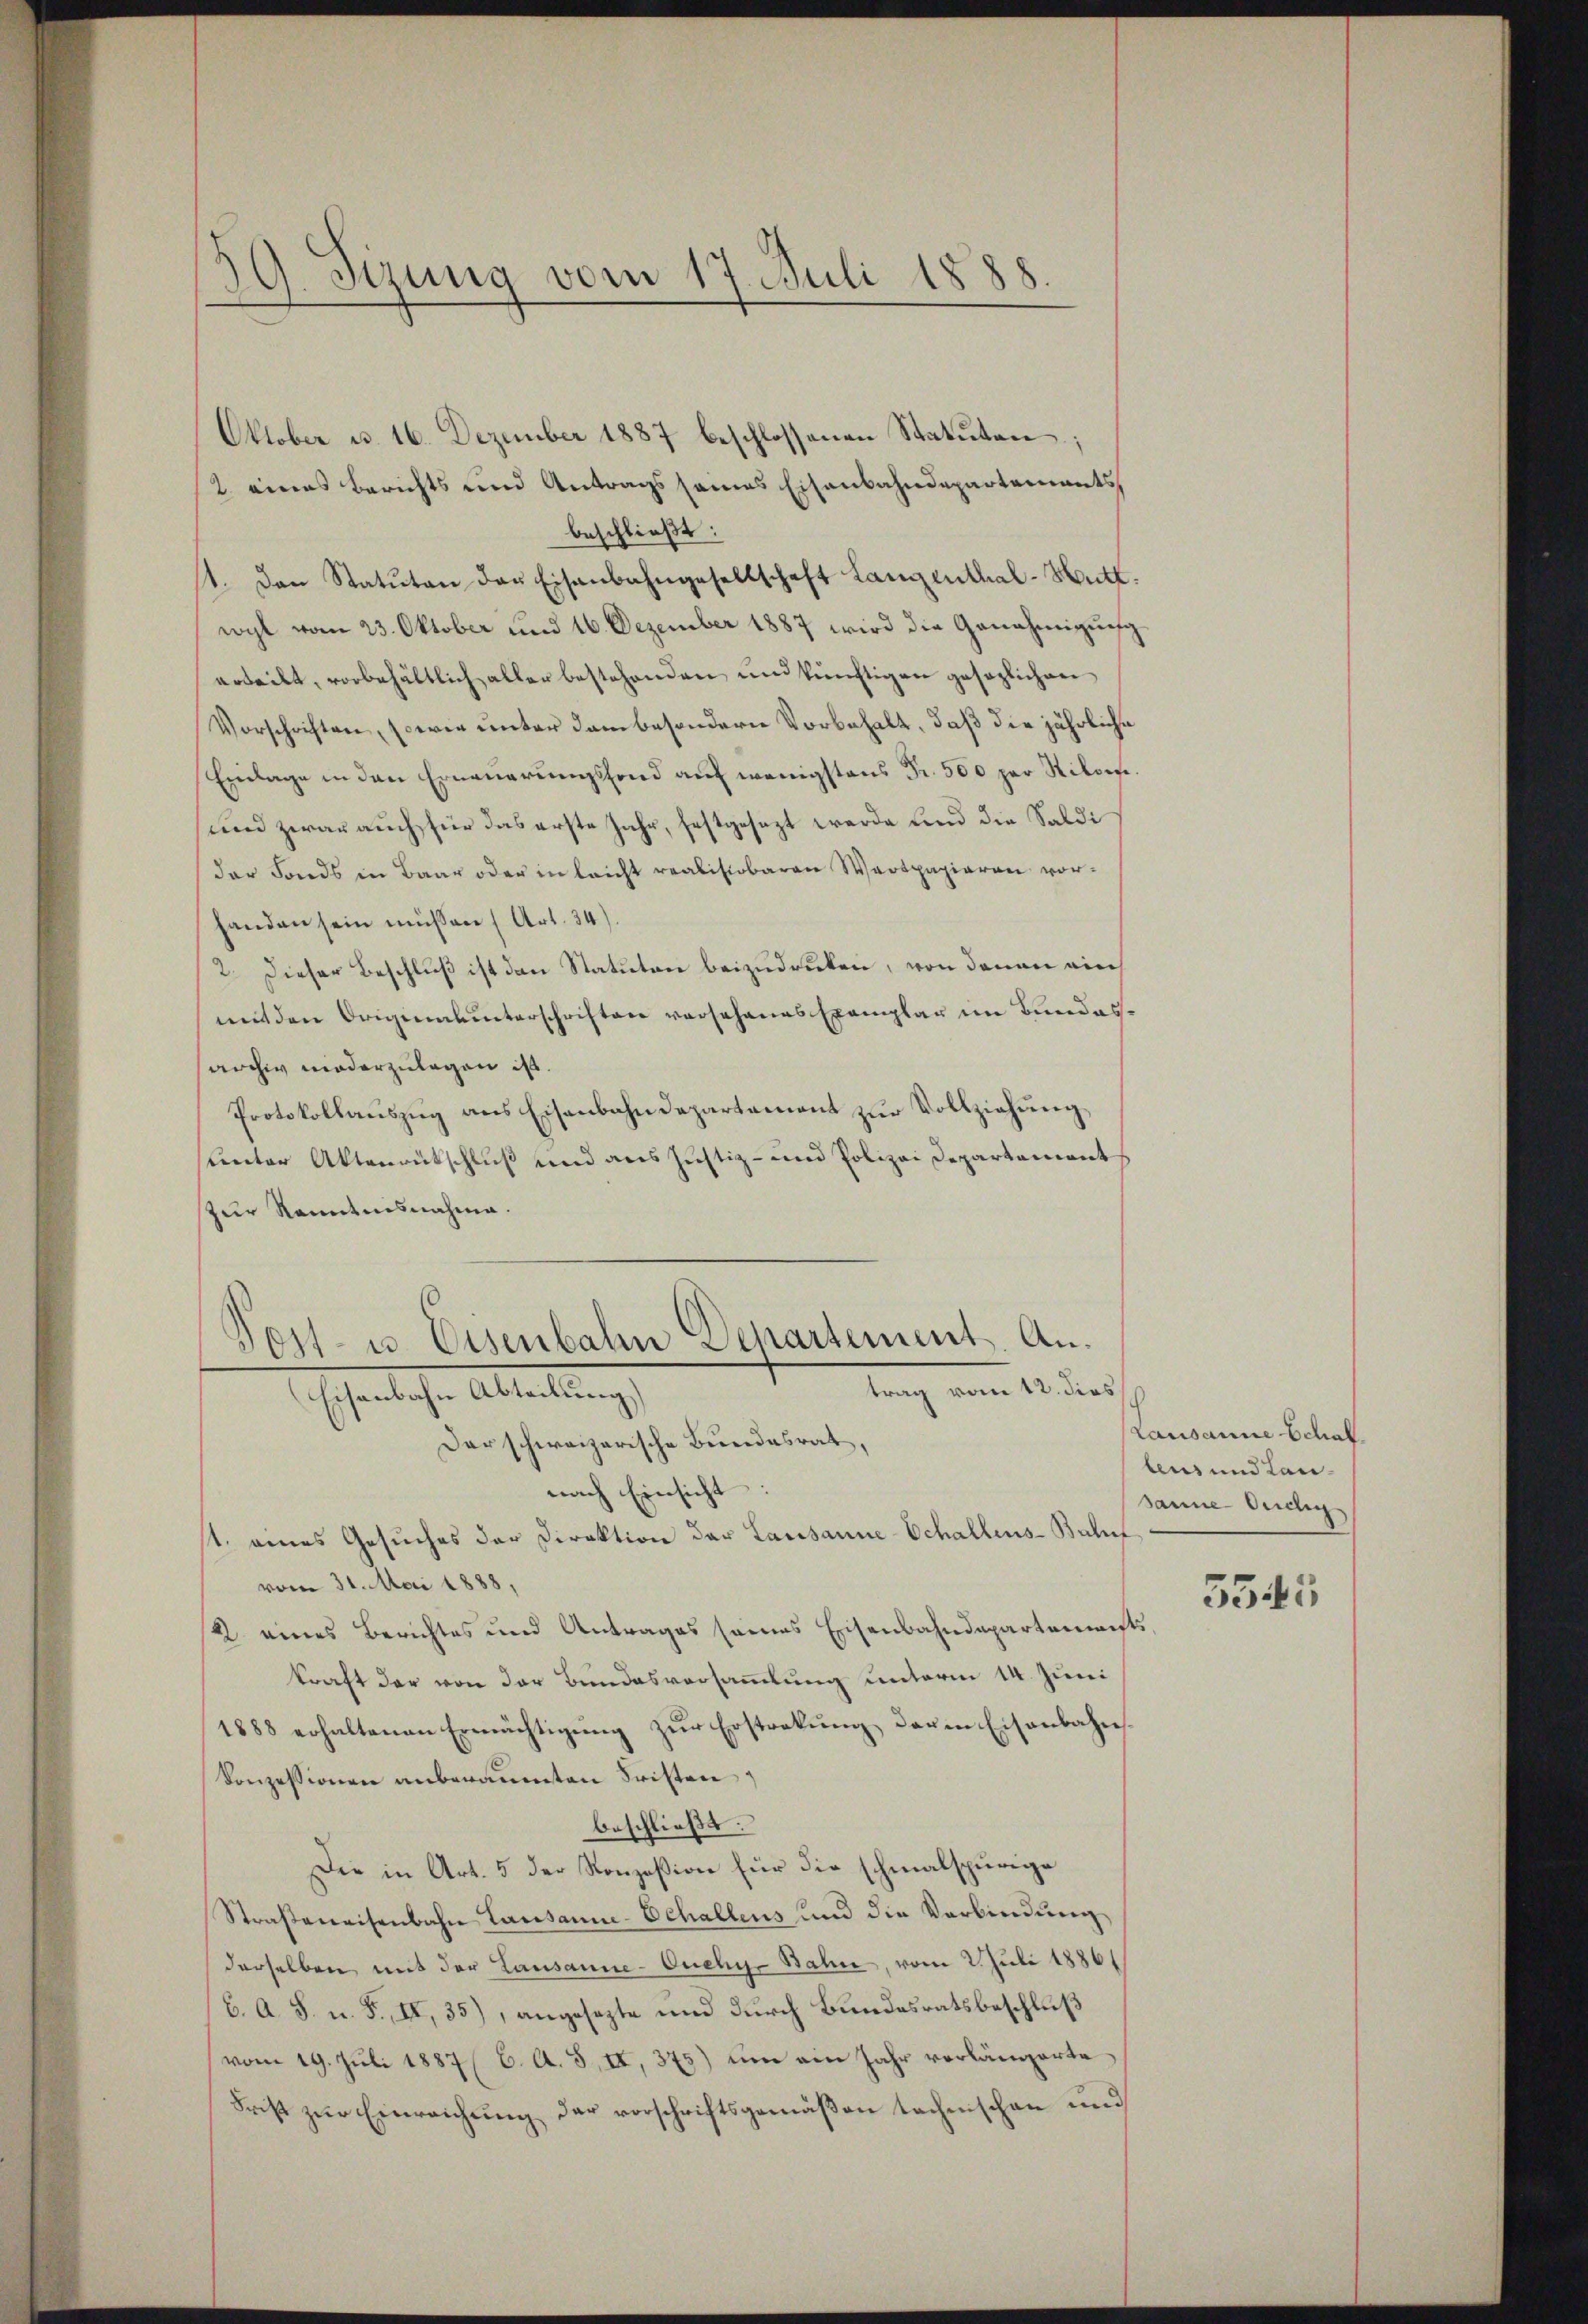
J. Sizung vom 17. Juli 1888.
x

Oktober u. 16. Dezember 1887 beschlossenen Statuten;
2 eines Berichts und Antrags seines Eisenbahndepartements
beschließt:
1. Den Statuten der Eisenbahngesellschaft Langenthal-Hutt.
wogt vom 23. Oktober und 16. Dezember 1887 wird die Genehmigung
erteilt, vorbehältlich aller bestehenden und künftigen gesezlichen
Vorschriften, sowie unter dem besondern Vorbehalt, daß die jährliche
Einlage in den Erneuerungsfond auf wenigstens Fr. 500 per Nikorte.
und zwar auch für das erste Jahr, festgesezt werde und die Saldi
der Fonds in Baar oder in leicht realisiobaren Wertpapieren vor-
handen sein müssen (Art. 34).
2. Dieser Beschluß ist den Statuten beizudrücken, von denen ain
mit den Originalunterschriften vor Johanes Exemplar im Bundesarchiv niederzulegen ist.
Protokollaŭszŭg ans Eisenbahndepartement zŭr Vollziehŭng
sunter Aktenrütschluß und aus Justiz- und Polizei Departements
zur Kenntnisnahme.

Post- u. Eisenbahn Departement. Antrag vom 12. dies
scherlichen Abteilung

Der schweizerische Bundesrat,
nach Einsicht
1. eines Gesuches der Direktion der Lausanne-Schallens-Bahnf
vom 31. Mai 1888,
2 eines Berichtes und Antrages seines Eisenbahndepartements
kraft der von der Bundesversammlung unterm 14. Juni
1888 erhaltenen Ermächtigŭng zŭr Ersteckung der in Eisenbahn
Konzessionen anberaumten Fristen,
beschließt:
Die in Art. 5 der Konzession für die schmalspurige
Straßenaisenbahn Lausanne-Echallens und die Verbindung
derselben mit der Lausanne-Ouchy-Bahn, vom 2. Juli 1886/
b. A. S. u. F. II, 35), angesezte und durch Bundesratsbeschluß
vom 19. Jŭli 1887 (C. A. 5, II, 375) um am Jahr vorlängerte
Frist zur Einreichung der vorschriftsgemäßen techenschen und

Lausanne Schaf
beus und Lansanne Cichy
5545